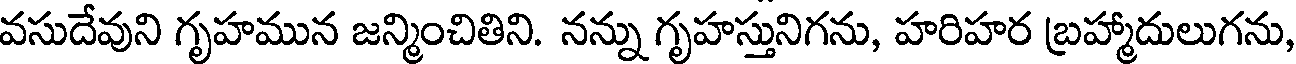
వసుదేవుని గృహమున జన్మించితిని. నన్ను గృహస్తునిగను, హరిహర బ్రహ్మాదులుగను,